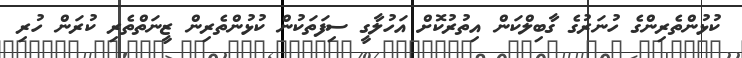
ކުޅުންތެރިންގެ ހުނަރުގެ ގާބިލްކަން އިތުރުކޮށް އަހުލާގީ ސިފަތަކުން ކުޅުންތެރިން ޒީނަތްތެރި ކުރަން ހުރި